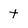
Character: t